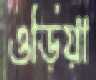
ওড়িয়া